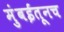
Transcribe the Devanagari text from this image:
मुंबईतूनच